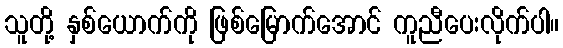
သူတို့ နှစ်ယောက်ကို ဖြစ်မြောက်အောင် ကူညီပေးလိုက်ပါ။